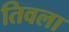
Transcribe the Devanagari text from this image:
तिवला